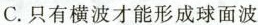
C. 只有横波才能形成球面波